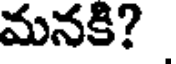
మనకి?